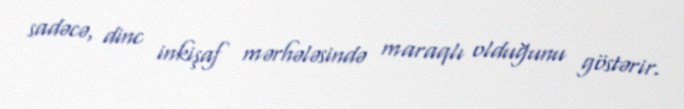
sadəcə, dinc inkişaf mərhələsində maraqlı olduğunu göstərir.